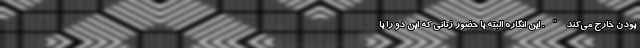
بودن خارج می‌کند". این انگاره البته با حضور زنانی که این دو را با